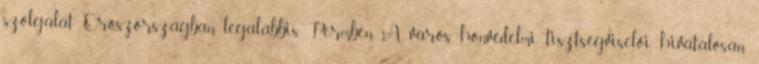
szolgálat Oroszországban, legalábbis Permben. A város honvédelmi tisztségviselői hivatalosan